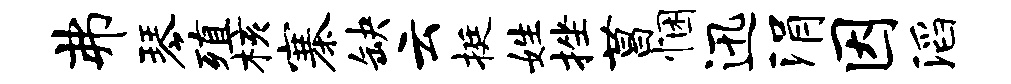
弗琴殖核寨缺云挺姓挫菖悃迅涓因滔